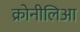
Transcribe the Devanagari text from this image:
क्रोनीलिआ